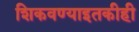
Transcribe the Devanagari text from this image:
शिकवण्याइतकीही